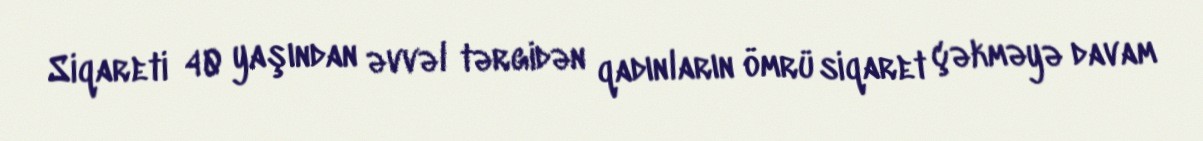
Siqareti 40 yaşından əvvəl tərgidən qadınların ömrü siqaret çəkməyə davam